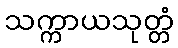
သက္ကာယသုတ္တံ